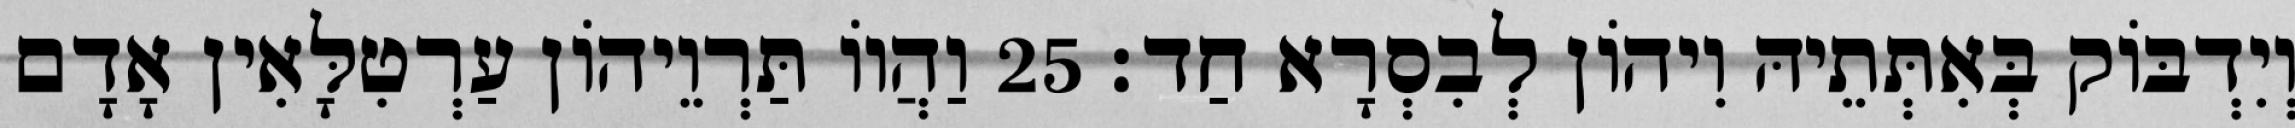
וְיִדְבּוֹק בְּאִתְּתֵיהּ וִיהוֹן לְבִסְרָא חַד׃ 25 וַהֲווֹ תַּרְוֵיהוֹן עַרְטִלָּאִין אָדָם